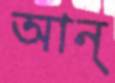
আন্